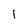
Character: l